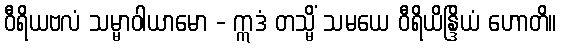
ဝီရိယဗလံ သမ္မာဝါယာမော - ဣဒံ တသ္မိံ သမယေ ဝီရိယိန္ဒြိယံ ဟောတိ။